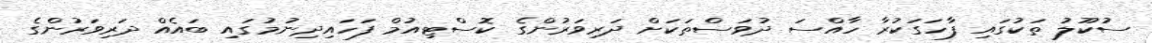
ސުކޫލު ތަކުގައި ފާހަގަކުރާ ހާއްސަ ދުވަސްތަކަށް ދަރިވަރުންގެ ކޮސްޓިއުމް ފަހައިދިނުމުގައި ބައެއް ދަރިވަރުންގެ